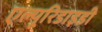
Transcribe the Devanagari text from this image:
एल्यूरिडाइडी